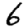
Digit: 6